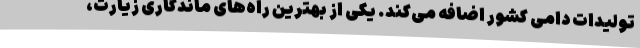
تولیدات دامی کشور اضافه می‌کند. یکی از بهترین راه‌های ماندگاری زیارت،